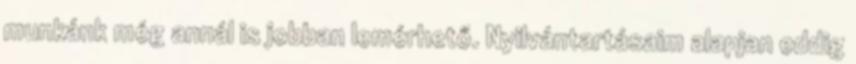
munkánk még annál is jobban lemérhető. Nyilvántartásaim alapjan eddig